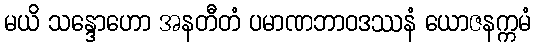
မယိ သန္ဒောဟော အနတီတံ ပမာဏဘာဝဒဿနံ ယောဇနက္ကမံ